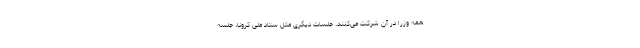
همه وزرا در آن شرکت می‌کنند. جلسات دیگری مثل ستاد ملی کرونا، جلسه